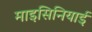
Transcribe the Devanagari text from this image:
माइसिनियाई